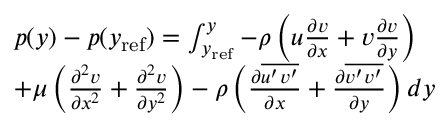
\begin{array} { r l } & { p ( y ) - p ( y _ { \mathrm { r e f } } ) = \int _ { y _ { \mathrm { r e f } } } ^ { y } { - \rho \left( u \frac { \partial v } { \partial x } + v \frac { \partial v } { \partial y } \right) } } \\ & { + \mu \left( \frac { \partial ^ { 2 } v } { \partial x ^ { 2 } } + \frac { \partial ^ { 2 } v } { \partial y ^ { 2 } } \right) - \rho \left( \frac { \partial \overline { { u ^ { \prime } v ^ { \prime } } } } { \partial x } + \frac { \partial \overline { { v ^ { \prime } v ^ { \prime } } } } { \partial y } \right) d y } \end{array}